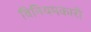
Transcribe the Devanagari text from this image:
विनियमकारी